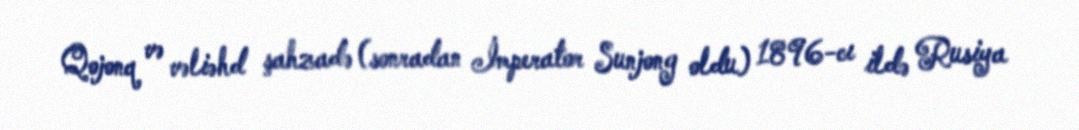
Qojonq və vəliəhd şahzadə (sonradan İmperator Sunjong oldu) 1896-cı ildə Rusiya